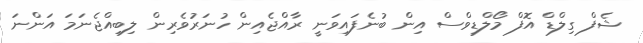
ޝެފް ގިލްޑް އޮފް މޯލްޑިވްސް އިން ބުނެފައިވަނީ ރާއްޖެއިން ހުނަރުވެރިން ލިބިއްޖެނަމަ އަންނަ